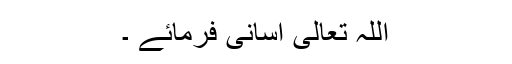
اللہ تعالی آسانی فرمائے ۔